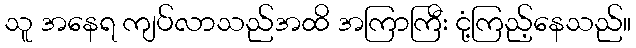
သူ အနေရ ကျပ်လာသည်အထိ အကြာကြီး ငုံ့ကြည့်နေသည်။